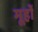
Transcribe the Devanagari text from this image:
मूहों